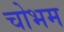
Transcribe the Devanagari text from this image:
चोभम